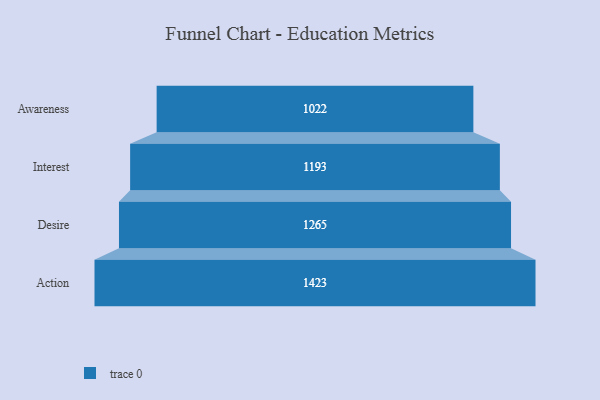
{"axis": {"x": "Stage", "y": "Value"}, "legend": [""], "data": [{"x": "Awareness", "y": 1022.0, "type": ""}, {"x": "Interest", "y": 1193.0, "type": ""}, {"x": "Desire", "y": 1265.0, "type": ""}, {"x": "Action", "y": 1423.0, "type": ""}]}